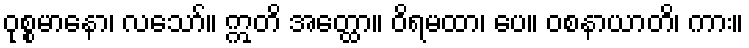
ဝုစ္စမာနော၊ လသော်။ ဣတိ အတ္ထော။ ဝိရမထာ၊ ပေ။ ဝစနာယာတိ၊ ကား။